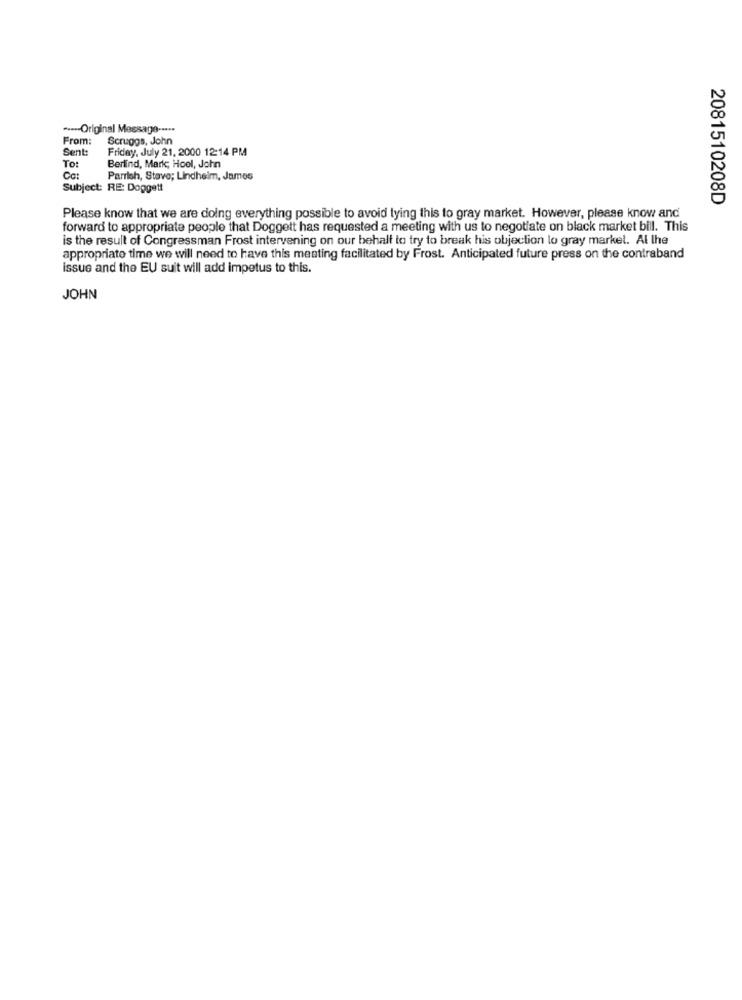
----- Original Message -....
From:
Scruggs, John
Sent:
Friday, July 21, 2000 12:14 PM
Tot
Berlind, Mark; Hool, John
Ca:
Parrish, Stove; Lindheim, James
Subject: RE: Doggett
2081510208D
Please know that we are doing everything possible to avoid tying this to gray market. However, please know and
forward to appropriate people that Doggett has requested a meeting with us to negotiate on black market bill. This
is the result of Congressman Frost intervening on our behalf to try to break his objection lo gray market. Al lhe
appropriate time we will need to have this meating facilitated by Frost. Anticipated future press on the contraband
issue and the EU suit will add impetus to this.
JOHN